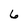
Character: 6